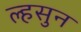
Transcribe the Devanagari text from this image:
ल्हसुन